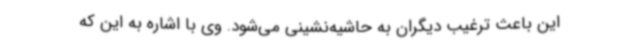
این باعث ترغیب دیگران به حاشیه‌نشینی می‌شود. وی با اشاره به این که